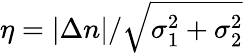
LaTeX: \eta=\left|\Delta n\right|/\sqrt{\sigma_{1}^{2}+\sigma_{2}^{2}}